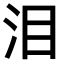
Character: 泪